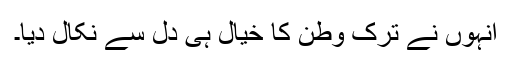
انہوں نے ترک وطن کا خیال ہی دل سے نکال دیا۔